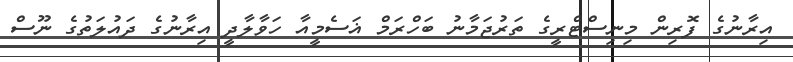
އިރާނުގެ ފޮރިން މިނިސްޓްރީގެ ތަރުޖަމާނު ބަހްރަމް ޣަސެމީއާ ހަވާލާދީ އިރާނުގެ ދައުލަތުގެ ނޫސް